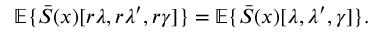
{ \mathbb E } \{ \bar { S } ( x ) [ r \lambda , r \lambda ^ { \prime } , r \gamma ] \} = { \mathbb E } \{ \bar { S } ( x ) [ \lambda , \lambda ^ { \prime } , \gamma ] \} .